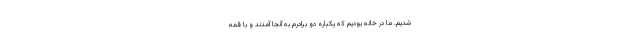
شدیم. ما در خانه بودیم که یکباره دو برادرم به آنجا آمدند و با قمه